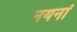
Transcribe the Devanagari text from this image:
नयनां